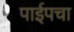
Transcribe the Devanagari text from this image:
पाईपचा